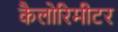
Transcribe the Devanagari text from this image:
कैलोरिमीटर